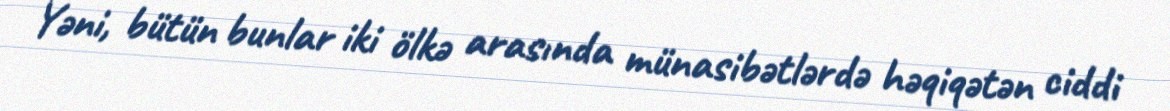
Yəni, bütün bunlar iki ölkə arasında münasibətlərdə həqiqətən ciddi